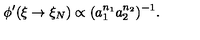
\phi ^ { \prime } ( \xi \rightarrow \xi _ { N } ) \propto ( a _ { 1 } ^ { n _ { 1 } } a _ { 2 } ^ { n _ { 2 } } ) ^ { - 1 } .